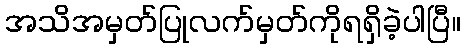
အသိအမှတ်ပြုလက်မှတ်ကိုရရှိခဲ့ပါပြီ။